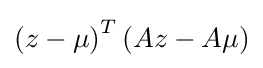
\left({z-\mu }\right)^{T}\left({Az-A\mu }\right)